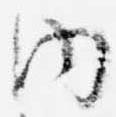
内